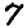
Digit: 7